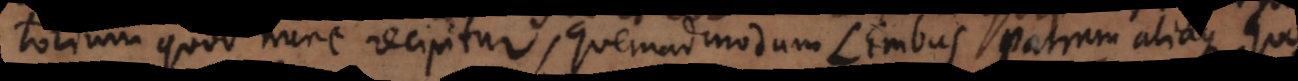
purgatorium quod nunc recipitur, quemadmodum Limbus Patrum aliaque quorum